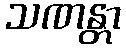
သဏန္တာ